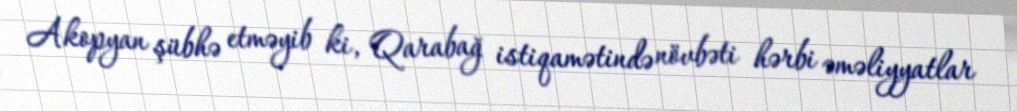
Akopyan şübhə etməyib ki, Qarabağ istiqamətində növbəti hərbi əməliyyatlar